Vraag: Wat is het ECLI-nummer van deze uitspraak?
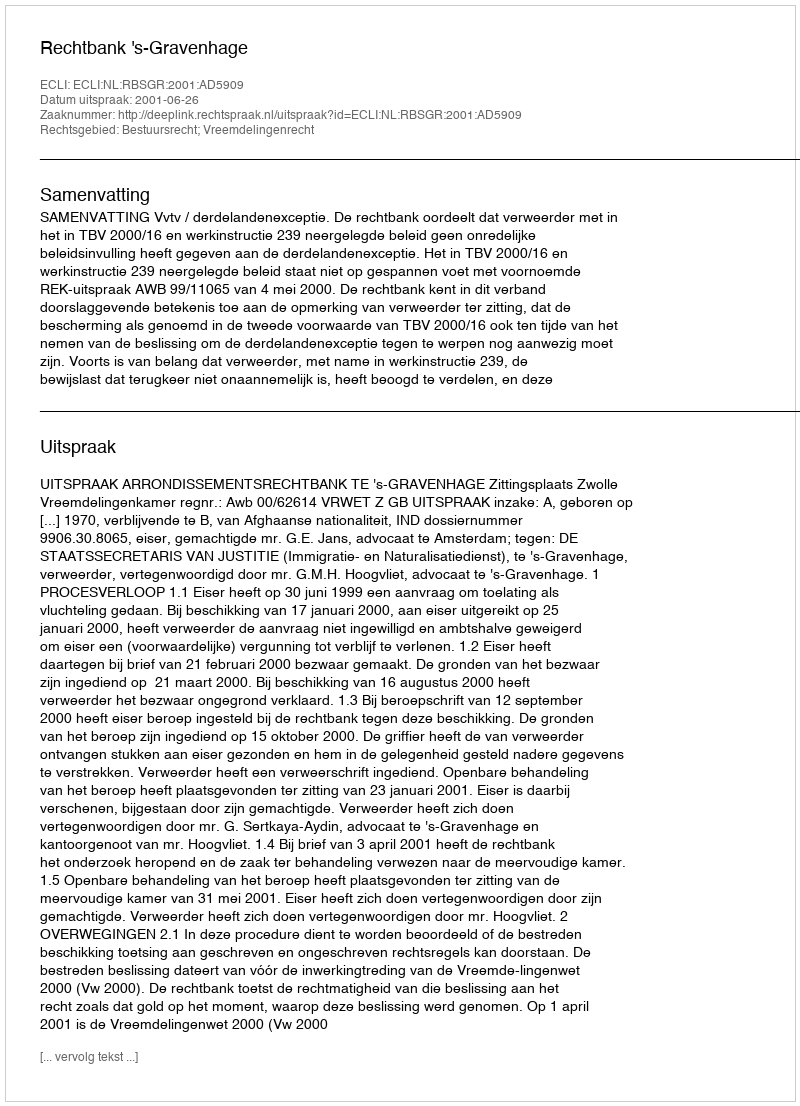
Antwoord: ECLI:NL:RBSGR:2001:AD5909